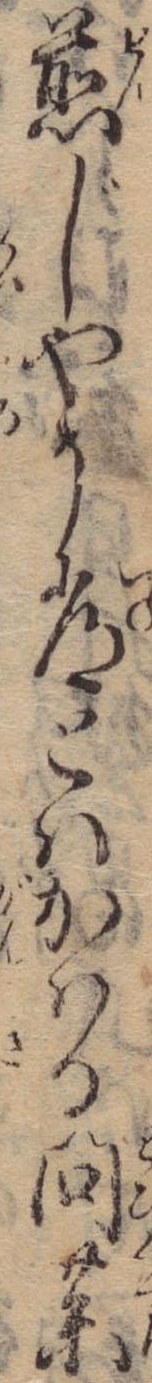
煎じやう常とはかはる問薬